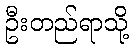
ဦးတည်ရာသို့